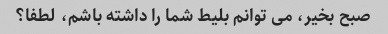
صبح بخیر، می توانم بلیط شما را داشته باشم، لطفا؟